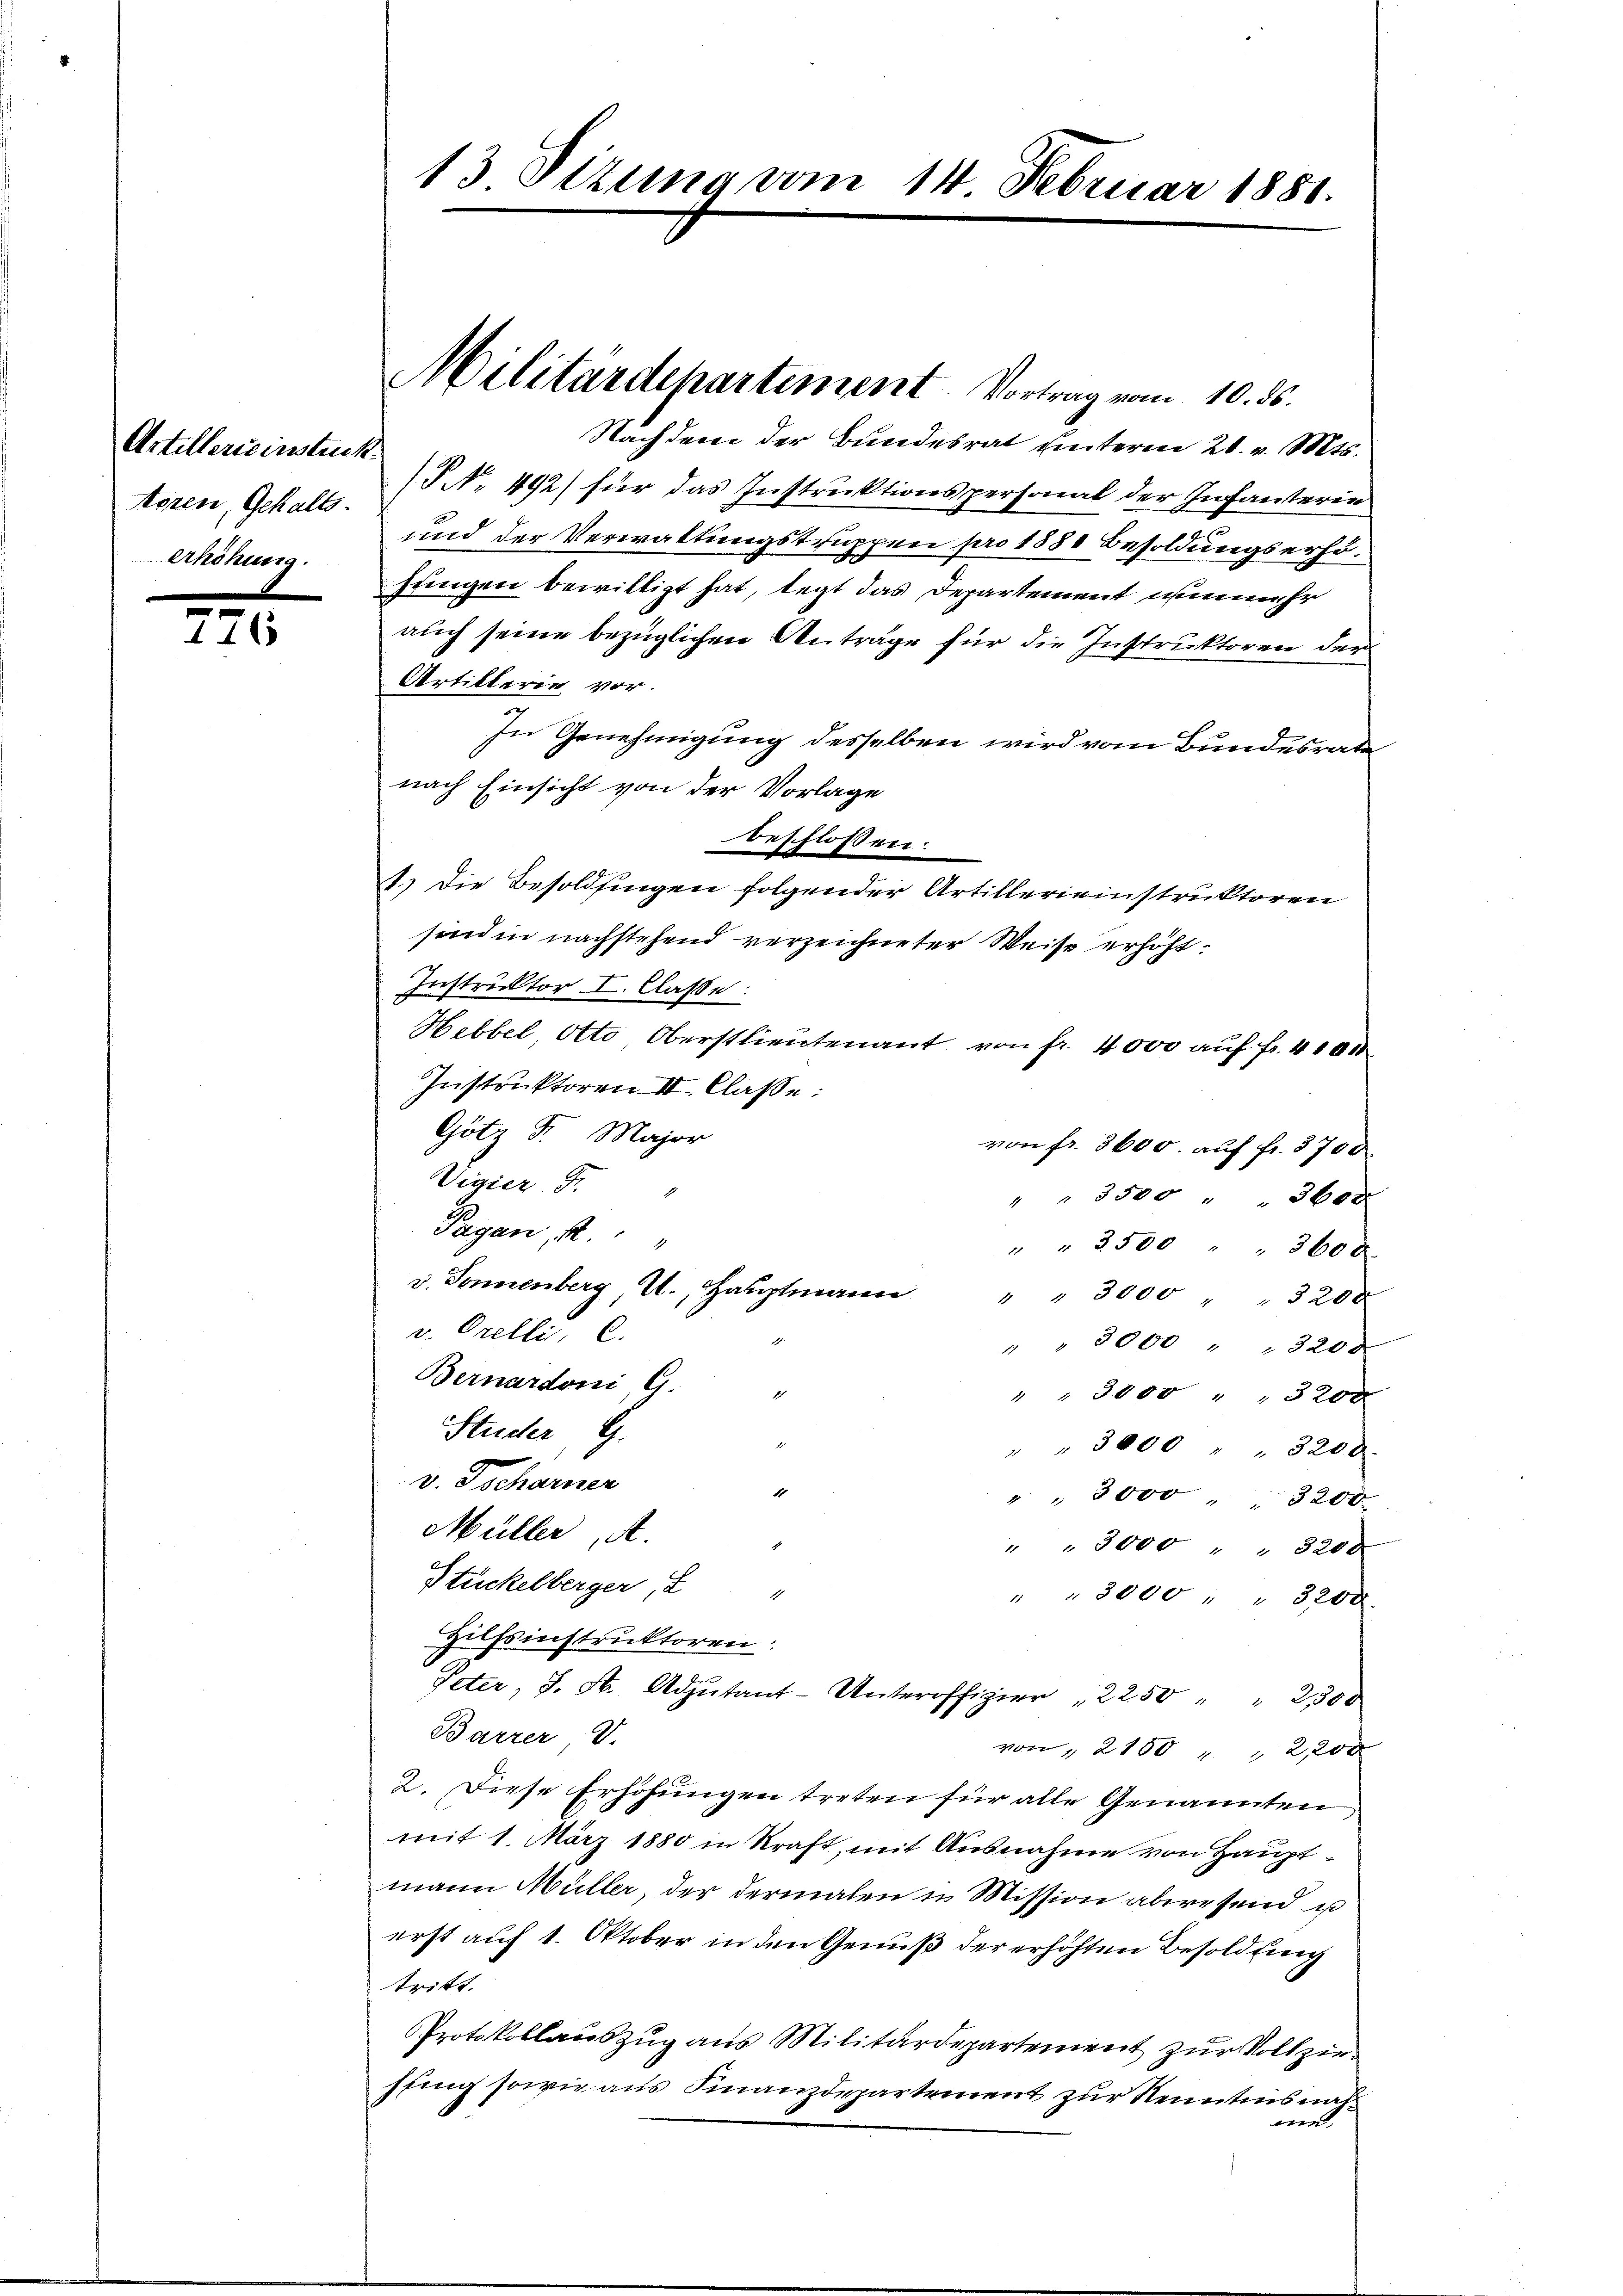
Artillerie instruk
toren, Gehaltserhöhung.

226

Nachdem der Bundesrat unterm 28. v. Mts.
P No. 492) für das Instruktionspersonal der Infanterin
und der Verwaltungstruppen pro 1880 Besoldungserhöjungen bewilligt hat, legt das Departement nunmehr
auch seine bezüglichen Anträge für die Instruktoren der
Artillerie vor.
In Genehmigung desselben wird vom Bundesrath
nach Einsicht von der Vorlage
beschlossen:
1.) Die Besoldsingen folgender Artillerieinstruktoren
sind in nachstehend verzeichneter Weise erhöht.
Instruktor I. Claße:
Hebbel Otto, Oberstlieutenant von fr. 4000 auf Fr. 4100.
Instruktoren III Claße:
Götz Sr. Major
von fr. 8600. auf fr. 3700.
Vigier F. "
" " 3500 " " 360 x
Pagan, S.
" " 2500 " " 3600.
d. Sonnenberg u. Haŭptmann " " 3000 " " 3200
v. Orelle, C.
" " 9000 " " 3208
Bernardoni, G.
4
" " 3000 " " 320 x
Studer, G.
r
" " 3000 " " 3200.
v. Tscharner
10
" " 3000 3200
Müller A.
" " 3000 " " 3200
Stückelberger, I
1
" " 3000 " " 3200.
Hilfsinstruktoren:
Peter, J. A. Adjutant-Unteroffizier 22.50 " " 2300
Barrer V.
von " 2100 " " 220 x
2. Diese Erhöhŭngen treten für alle Genannten,
mit 1. März 1880 in Kraft, mit Ausnahme von Hauptmann Müller, der dermalen in Mission abwesend u
erst auf 1. Oktober in den Genuß der erhöhten Besoldung
tritt.
Protokollauszug aus Militärdepartement zur Vollzieffing sowie aus Finanzdepartement zur Kenntens nach
un

13 Sizung vom 14. Februar 1881.

Militärdepartement. Vortrag vom 10. ds.